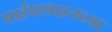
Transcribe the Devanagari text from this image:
पाईपलाइनच्या